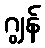
ဂျွန်